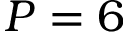
P = 6